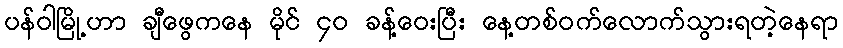
ပန်ဝါမြို့ဟာ ချီဖွေကနေ မိုင် ၄၀ ခန့်ဝေးပြီး နေ့တစ်ဝက်လောက်သွားရတဲ့နေရာ